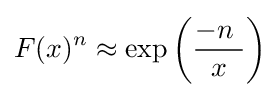
F(x)^{n}\approx \exp \left({\frac {-n~}{\ x\ }}\right)